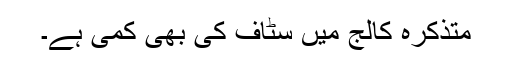
متذکرہ کالج میں سٹاف کی بھی کمی ہے۔